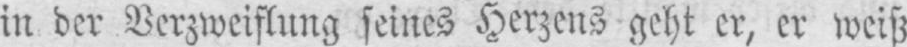
in der Verzweiflung seines Herzens geht er, er weiß